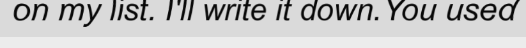
on my list. I'll write it down.You used